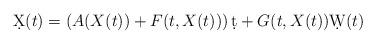
LaTeX: \begin{align*}\d X(t)=\left(A(X(t))+F(t,X(t))\right)\d t+G(t,X(t))\d W(t)\end{align*}